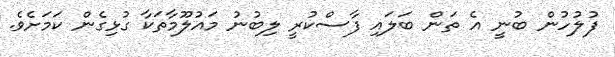
ފުލުހުން ބުނީ އެ ތަން ބަލައި ފާސްކުރީ ލިބުނު މައުލޫމާތަކާ ގުޅިގެން ކަމަށެވެ.